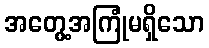
အတွေ့အကြုံမရှိသော